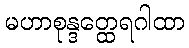
မဟာစုန္ဒတ္ထေရဂါထာ